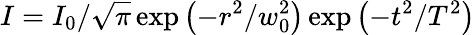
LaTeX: I=I_{0}/\sqrt{\pi}\exp\left(-{r^{2}}/{w_{0}^{2}}\right)\exp\left(-{t^{2}}/{T^{2}}\right)